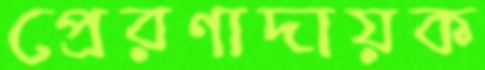
প্রেরণাদায়ক